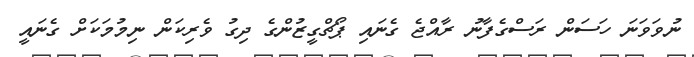
ނުވަވަނަ ހަސަން ރަސްގެފާނު ރާއްޖެ ގެނައި ޕޯޗްގީޒުންގެ ދިގު ވެރިކަން ނިމުމަކަށް ގެނައީ